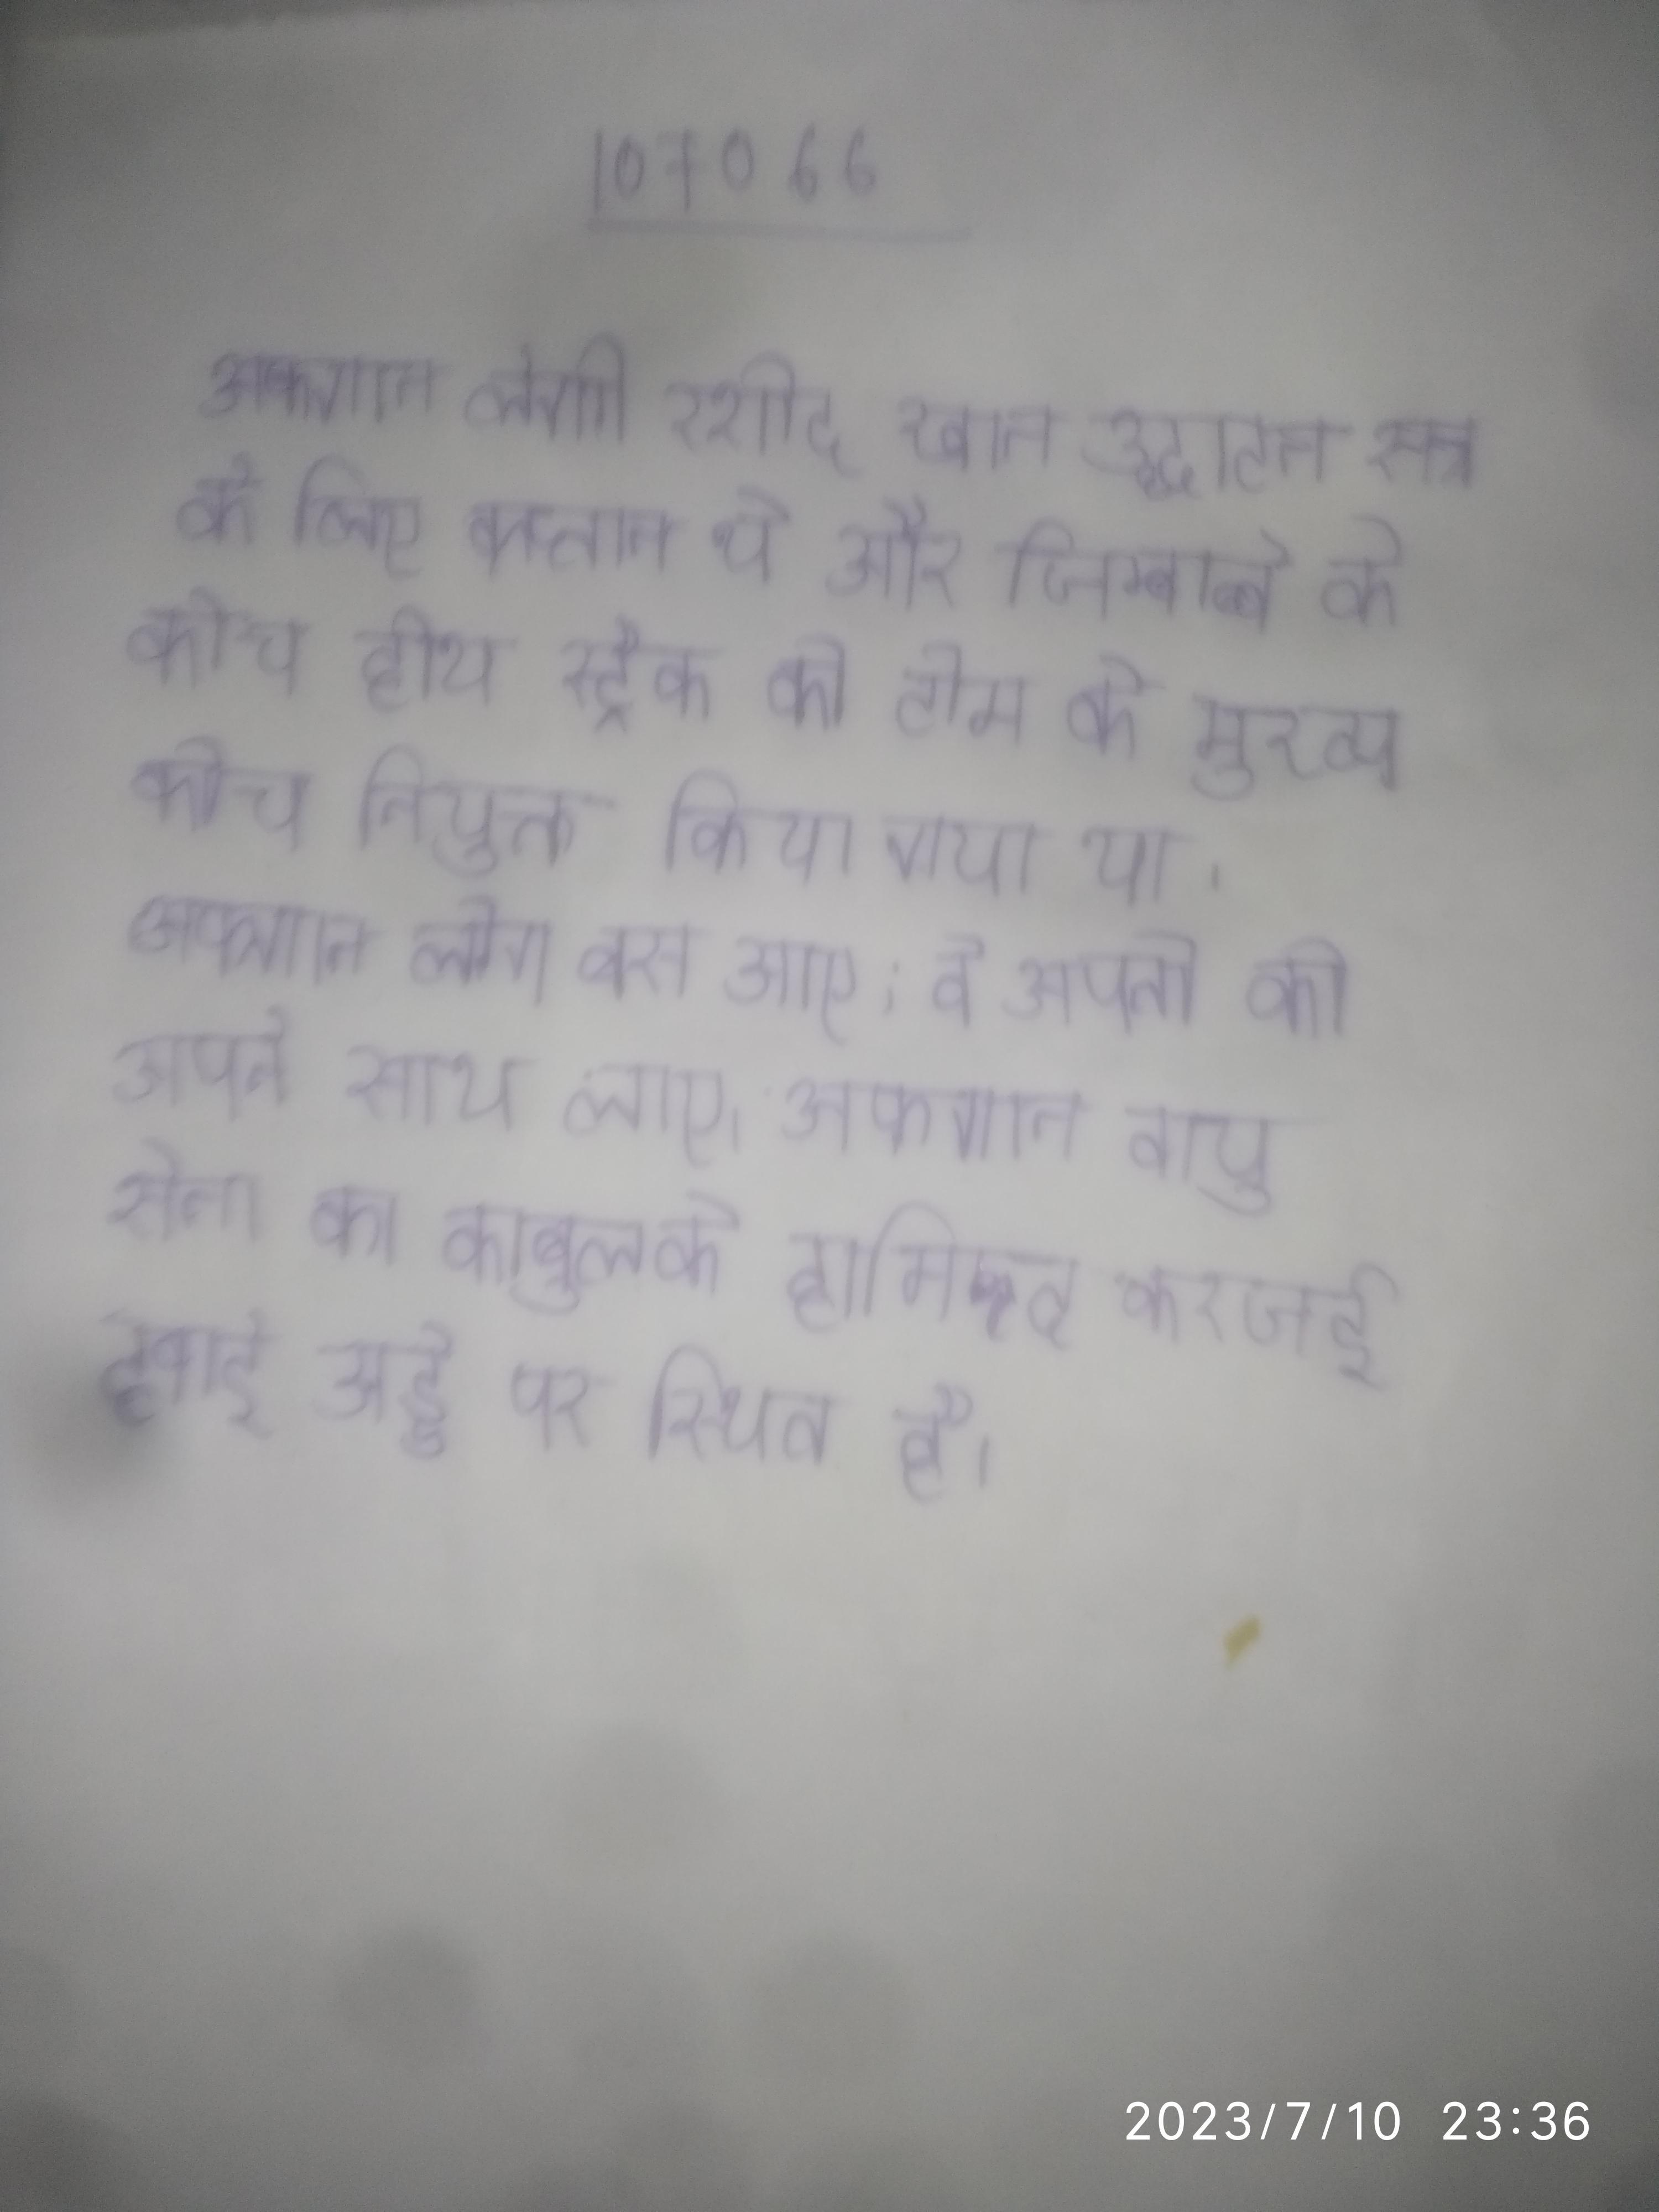
अफगान लेगी रशीद खान उद्घाटन सत्र के लिए कप्तान थे और जिम्बाब्वे के कोच हीथ स्ट्रैक को टीम के मुख्य कोच नियुक्त किया गया था । अफगान लोग बस आए, वे अपनी को अपने साथ लाए । अफगान वायु सेना का काबुल के हामिद करजई हवाई अड्डे पर स्थित है ।